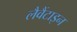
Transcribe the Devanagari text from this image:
लैवैंटाइन